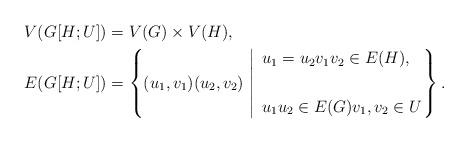
LaTeX: \begin{align*}V(G[H;U]) &= V(G) \times V(H) , \\E(G[H;U]) &= \left\{(u_1,v_1)(u_2,v_2) \ \middle|\ \left.\begin{aligned}&u_1 = u_2 v_1 v_2 \in E(H) ,\\& \\&u_1 u_2 \in E(G) v_1, v_2 \in U\end{aligned} \right. \right\}.\end{align*}